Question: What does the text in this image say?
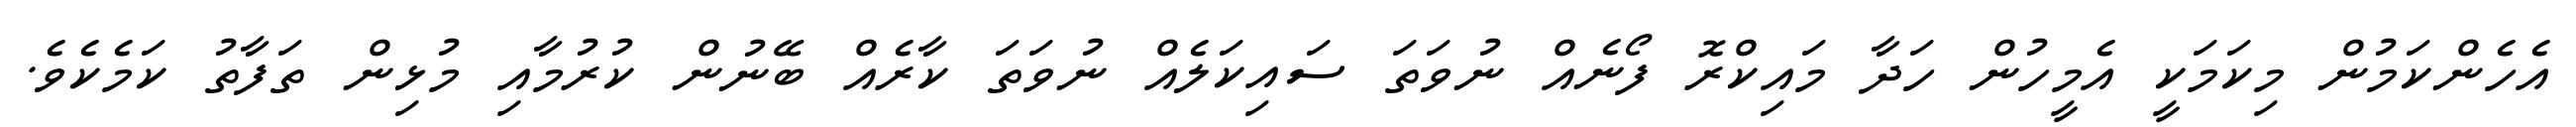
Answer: އެހެންކަމުން މިކަމަކީ އެމީހުން ހަދާ މައިކްރޮ ފޯނެއް ނުވަތަ ސައިކަލެއް ނުވަތަ ކާރެއް ބޭނުން ކުރުމާއި މުޅިން ތަފާތު ކަމެކެވެ.